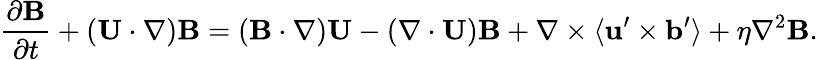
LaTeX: \frac{\partial{\mathbf{B}}}{\partial t}+({\mathbf{U}}\cdot\nabla){\mathbf{B}}=({\mathbf{B}}\cdot\nabla){\mathbf{U}}-(\nabla\cdot{\mathbf{U}}){\mathbf{B}}+\nabla\times\langle{{\mathbf{u}}^{\prime}\times{\mathbf{b}}^{\prime}}\rangle+\eta\nabla^{2}{\mathbf{B}}.